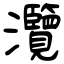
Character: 灠